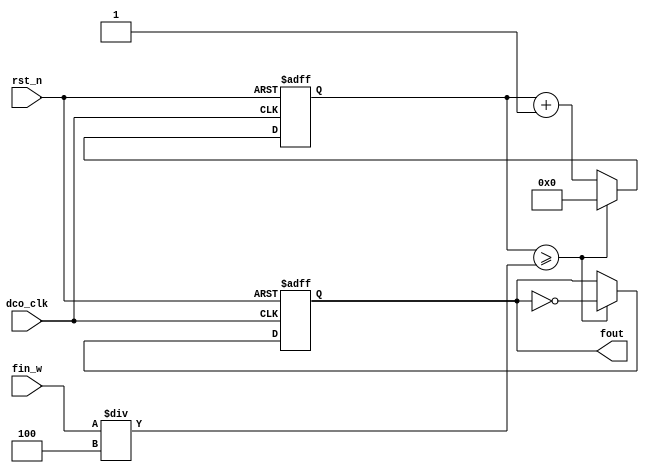
module adf(  //aotu divide frequency
    dco_clk,    
    rst_n  ,
    fin_w  ,
    fout        
    );

    input               dco_clk ;
    input               rst_n   ;
    input [15:0]        fin_w   ;

    output reg          fout    ;

    reg  [14:0]         cnt     ;

    always  @(posedge dco_clk or negedge rst_n)begin    
        if(rst_n==1'b0)begin
            cnt <= 1'b0;
        end
        else if(cnt>=(fin_w/4)) begin 
            cnt <= 1'b0;
        end
        else begin
            cnt <= cnt + 1'b1;
        end
    end

    always@(posedge dco_clk or negedge rst_n)begin  
        if(rst_n==1'b0)begin
            fout <= 1'b0;
        end
        else if(cnt>=(fin_w/4)) begin 
            fout <= ~fout;
        end
        else begin
            fout <= fout; 
        end
    end

    endmodule